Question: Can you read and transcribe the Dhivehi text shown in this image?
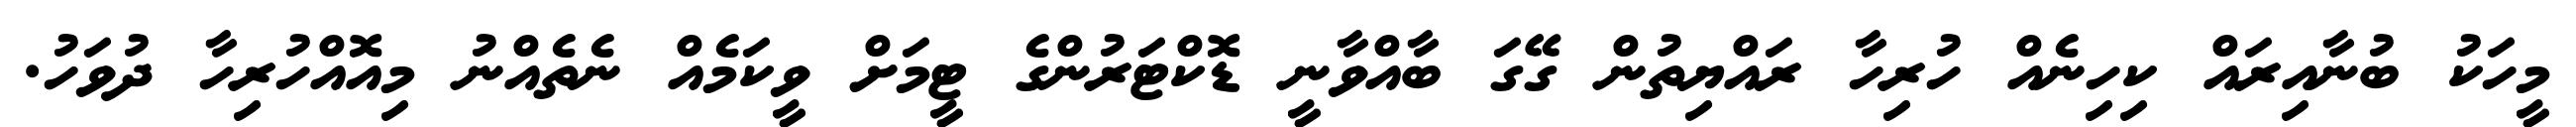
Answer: މީހަކު ބުނާއިރައް ކިހިނެއް ހުރިހާ ރައްޔިތުން ގޭގަ ބާއްވާނީ ޑޮކްޓަރުންގެ ޓީމަށް ވީކަމެއް ނެތެއްނު މިއޮއްހުރިހާ ދުވަހު.